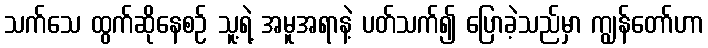
သက်သေ ထွက်ဆိုနေစဉ် သူ့ရဲ့ အမူအရာနဲ့ ပတ်သက်၍ ပြောခဲ့သည်မှာ ကျွန်တော်ဟာ